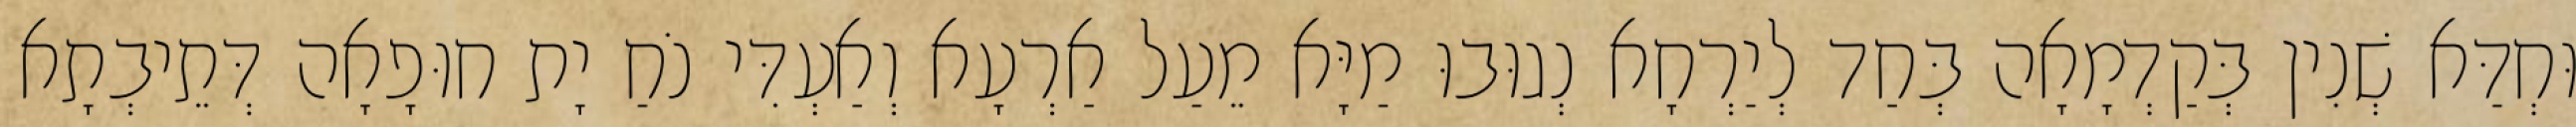
וּחְדַּא שְׁנִין בְּקַדְמָאָה בְּחַד לְיַרְחָא נְגוּבוּ מַיָּא מֵעַל אַרְעָא וְאַעְדִּי נֹחַ יָת חוּפָאָה דְּתֵיבְתָא